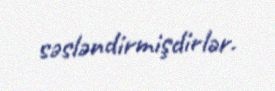
səsləndirmişdirlər.